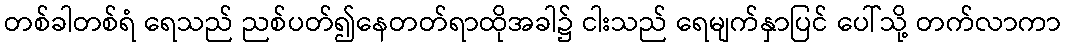
တစ်ခါတစ်ရံ ရေသည် ညစ်ပတ်၍နေတတ်ရာထိုအခါ၌ ငါးသည် ရေမျက်နှာပြင် ပေါ်သို့ တက်လာကာ